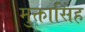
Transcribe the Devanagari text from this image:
मुक्तासिंह